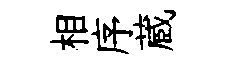
相序蔵